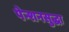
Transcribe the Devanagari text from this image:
पेन्शनसुद्धा